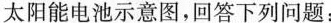
太阳能电池示意图，回答下列问题：